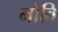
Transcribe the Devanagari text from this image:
नोवि